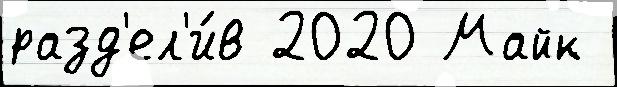
разд'ел'и́в 2020 Майк